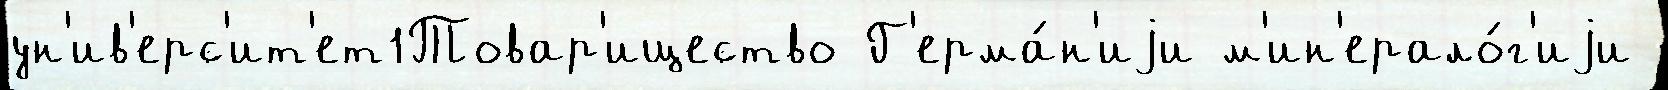
ун'ив'ерс'ит'ет1Товар'ищество Г'ерма́н'иjи м'ин'ерало́г'иjи